Document type: Sale
Year: 1290
Scribe: Miquel Rotllan
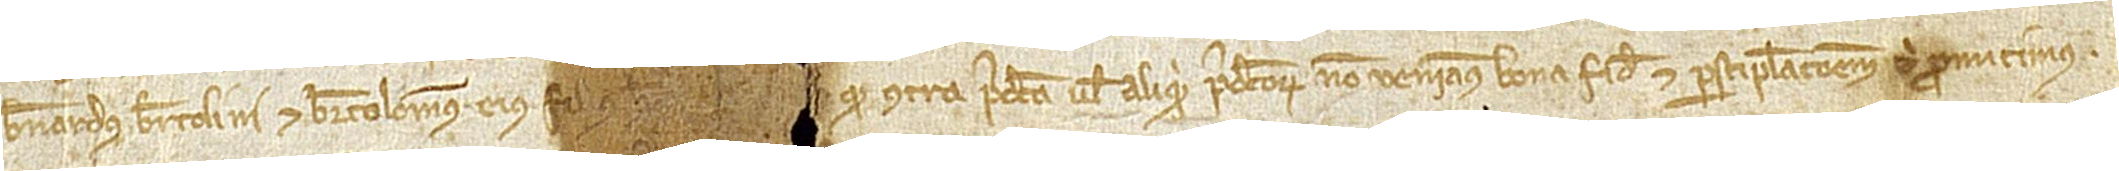
Bernardus Bertolini et Bartolomeus, eius filius, [...] quod contra predicta vel aliquid predictorum non veniamus bona fide et per stipulacionem tibi promitimus.